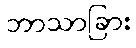
ဘာသာခြား